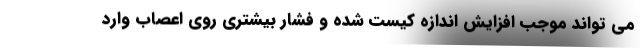
می تواند موجب افزایش اندازه کیست شده و فشار بیشتری روی اعصاب وارد